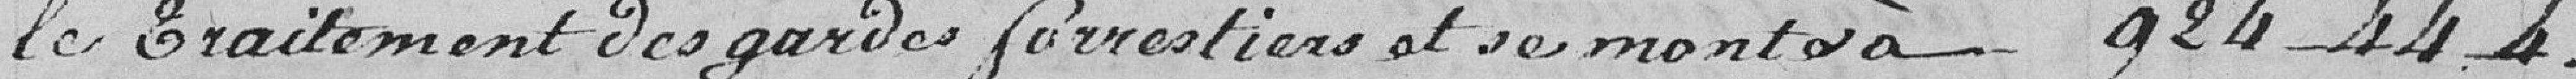
le traitement des gardes forrestiers et se remonte à 924-44-4